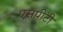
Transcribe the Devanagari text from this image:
एसपीटी